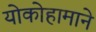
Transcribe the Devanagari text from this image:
योकोहामाने